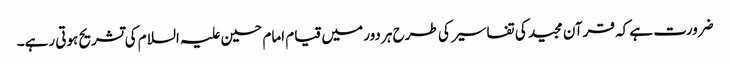
ضرورت ہے کہ قرآن مجید کی تفاسیر کی طرح ہر دور میں قیام امام حسین علیہ السلام کی تشریح ہوتی رہے۔